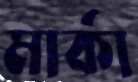
মার্কা